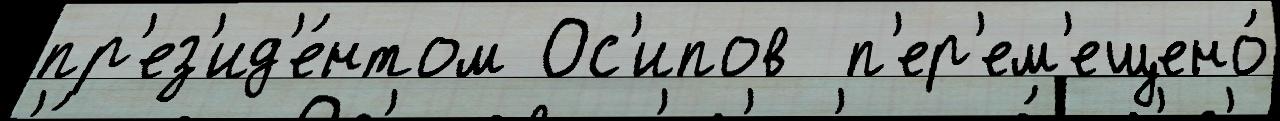
пр'ез'ид'е́нтом Ос'ипов  п'ер'ем'ещено́